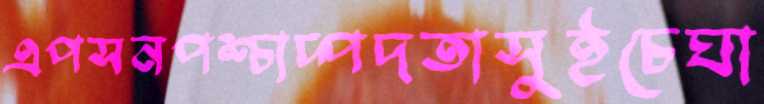
এপসনপশ্চাদ্পদতাসুইচেঘা